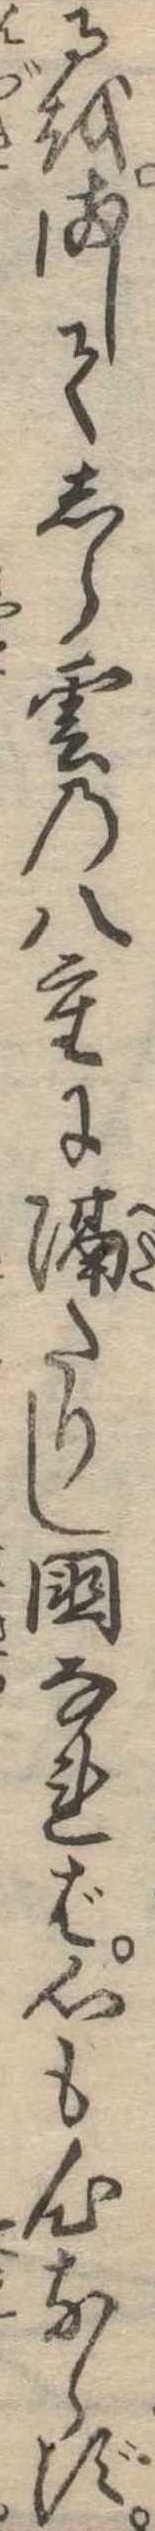
るをましてしら雲の八重に隔たりし国なれば心も心ならず